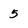
Character: 5